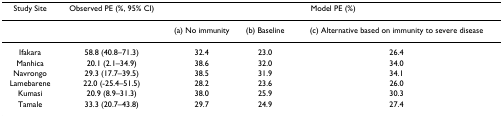
| Study Site | Observed PE (%, 95% CI) | <COLSPAN=3> Model PE (%) |
 | --- | --- | --- | --- | --- |
 |  |  | (a) No immunity | (b) Baseline | (c) Alternative based on immunity to severe disease |
 | Ifakara | 58.8 (40.8–71.3) | 32.4 | 23.0 | 26.4 |
 | Manhica | 20.1 (2.1–34.9) | 38.6 | 32.0 | 34.0 |
 | Navrongo | 29.3 (17.7–39.5) | 38.5 | 31.9 | 34.1 |
 | Lamebarene | 22.0 (-25.4–51.5) | 28.2 | 23.6 | 26.0 |
 | Kumasi | 20.9 (8.9–31.3) | 38.0 | 25.9 | 30.3 |
 | Tamale | 33.3 (20.7–43.8) | 29.7 | 24.9 | 27.4 |